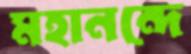
মহানন্দে